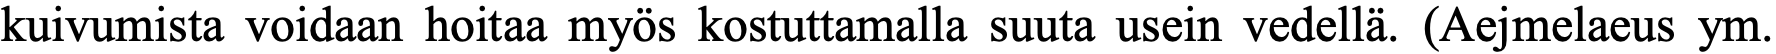
kuivumista voidaan hoitaa myös kostuttamalla suuta usein vedellä. (Aejmelaeus ym.